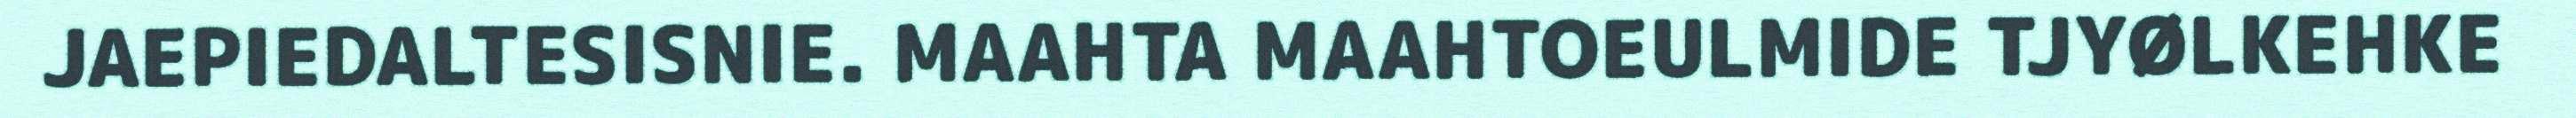
JAEPIEDALTESISNIE. MAAHTA MAAHTOEULMIDE TJYØLKEHKE